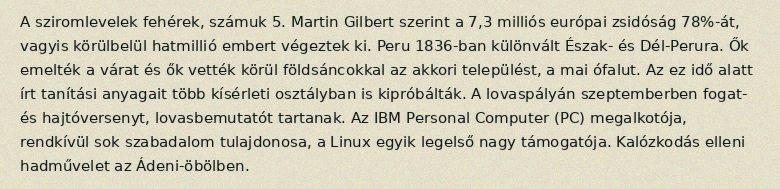
A sziromlevelek fehérek, számuk 5. Martin Gilbert szerint a 7,3 milliós európai zsidóság 78%-át, vagyis körülbelül hatmillió embert végeztek ki. Peru 1836-ban különvált Észak- és Dél-Perura. Ők emelték a várat és ők vették körül földsáncokkal az akkori települést, a mai ófalut. Az ez idő alatt írt tanítási anyagait több kísérleti osztályban is kipróbálták. A lovaspályán szeptemberben fogat- és hajtóversenyt, lovasbemutatót tartanak. Az IBM Personal Computer (PC) megalkotója, rendkívül sok szabadalom tulajdonosa, a Linux egyik legelső nagy támogatója. Kalózkodás elleni hadművelet az Ádeni-öbölben.